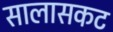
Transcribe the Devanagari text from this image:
सालासकट